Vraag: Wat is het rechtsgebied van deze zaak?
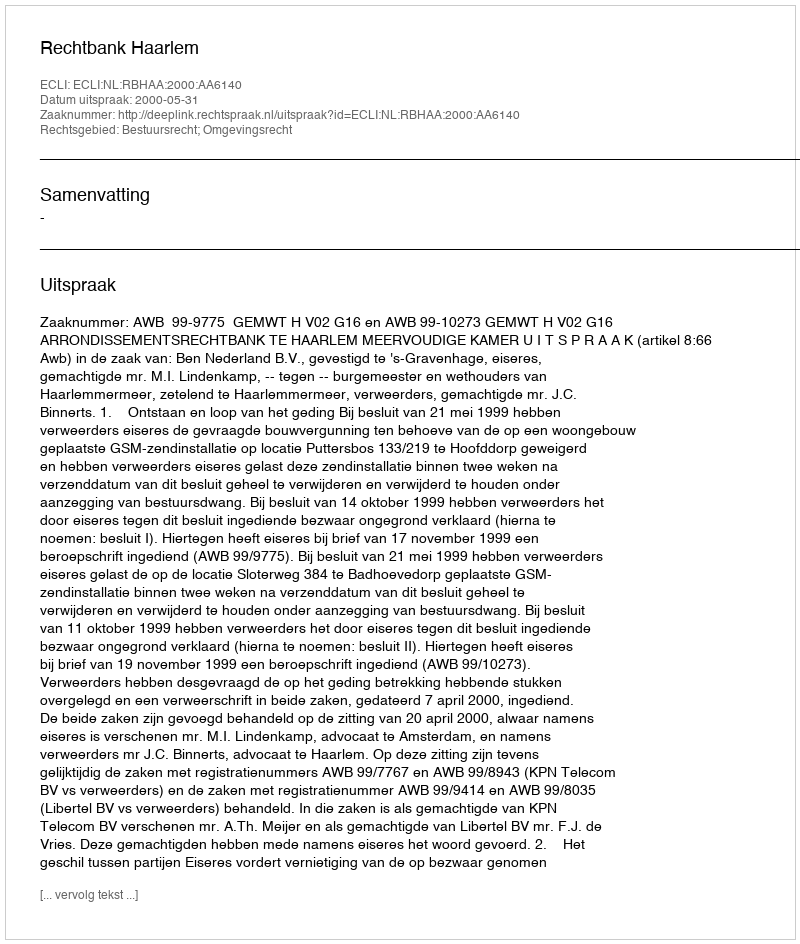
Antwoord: Bestuursrecht; Omgevingsrecht